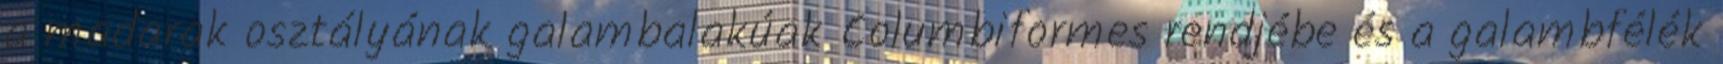
a madarak osztályának galambalakúak Columbiformes rendjébe és a galambfélék